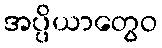
အပ္ပိယာတွေဝ